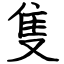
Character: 隻